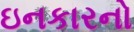
ઇનકારનો